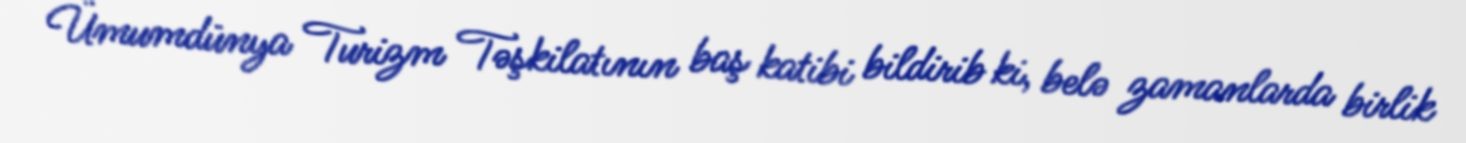
Ümumdünya Turizm Təşkilatının baş katibi bildirib ki, belə zamanlarda birlik